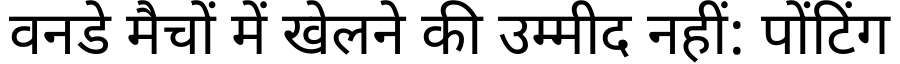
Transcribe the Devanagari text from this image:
वनडे मैचों में खेलने की उम्मीद नहीं: पोंटिंग